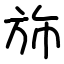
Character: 斾